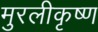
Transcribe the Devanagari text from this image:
मुरलीकृष्ण